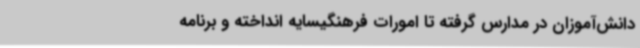
دانش‌آموزان در مدارس گرفته تا امورات فرهنگیسایه انداخته و برنامه‌